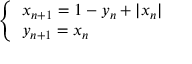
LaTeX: \left\{ \begin{array} { l l } { x _ { n + 1 } = 1 - y _ { n } + | x _ { n } | } \\ { y _ { n + 1 } = x _ { n } } \end{array} \right.